Scottish Leaving Certificate Examination, 1957
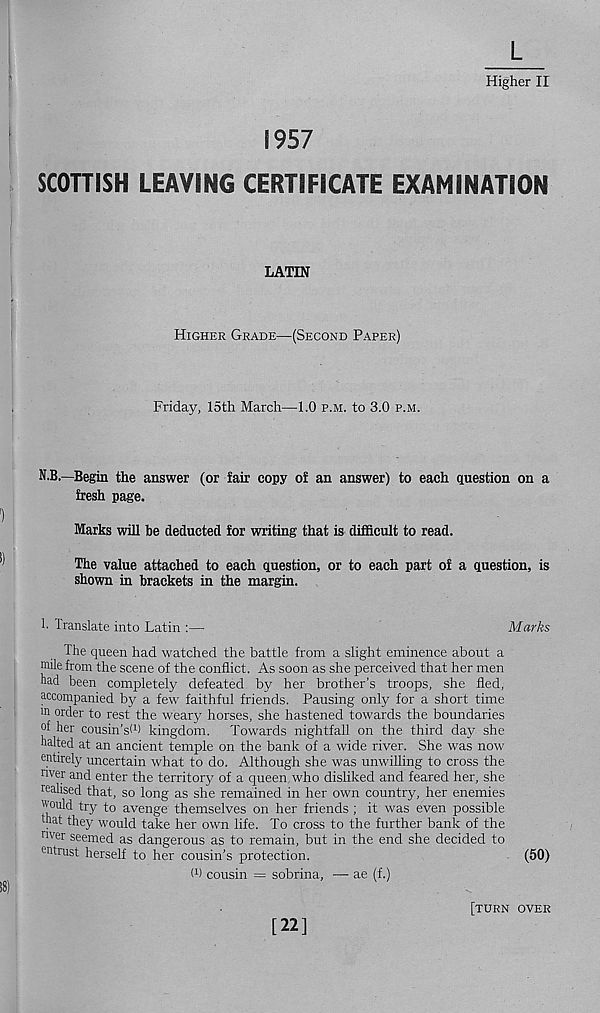
1957
L
Higher II
SCOTTISH LEAVING CERTIFICATE EXAMINATION
LATIN
Higher Grade—(Second Paper)
Friday, 15th March—1.0 p.m. to 3.0 p.m.
N.B.—Begin the answer (or fair copy of an answer) to each question on a
fresh page.
Marks will he deducted for writing that is difficult to read.
The value attached to each question, or to each part of a question, is
shown in brackets in the margin.
1. Translate into Latin :—
Marks
The queen had watched the battle from a slight eminence about a
mile from the scene of the conflict. As soon as she perceived that her men
had been completely defeated by her brother’s troops, she fled,
accompanied by a few faithful friends. Pausing only for a short time
in order to rest the weary horses, she hastened towards the boundaries
of her cousin’s! 1 ) kingdom. Towards nightfall on the third day she
halted at an ancient temple on the bank of a wide river. She was now
entirely uncertain what to do. Although she was unwilling to cross the
nver and enter the territory of a queen who disliked and feared her, she
realised that, so long as she remained in her own country, her enemies
would try to avenge themselves on her friends ; it was even possible
that they would take her own life. To cross to the further bank of the
nver seemed as dangerous as to remain, but in the end she decided to
entrust herself to her cousin’s protection.
(50)
l 1 ) cousin = sobrina, — ae (f.)
[22]
[turn over